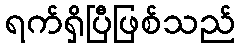
ရက်ရှိပြီဖြစ်သည်